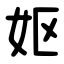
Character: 妪